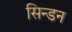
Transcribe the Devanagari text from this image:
सिन्डन